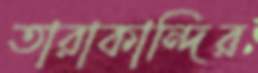
তারাকান্দির